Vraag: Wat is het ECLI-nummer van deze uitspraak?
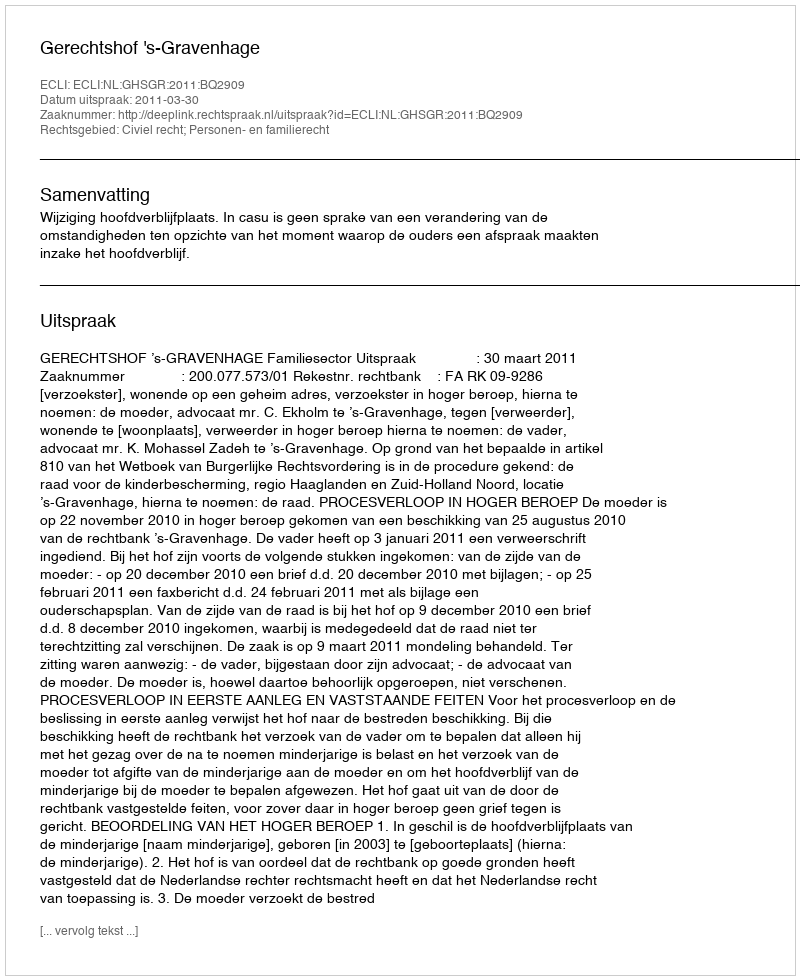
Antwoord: ECLI:NL:GHSGR:2011:BQ2909